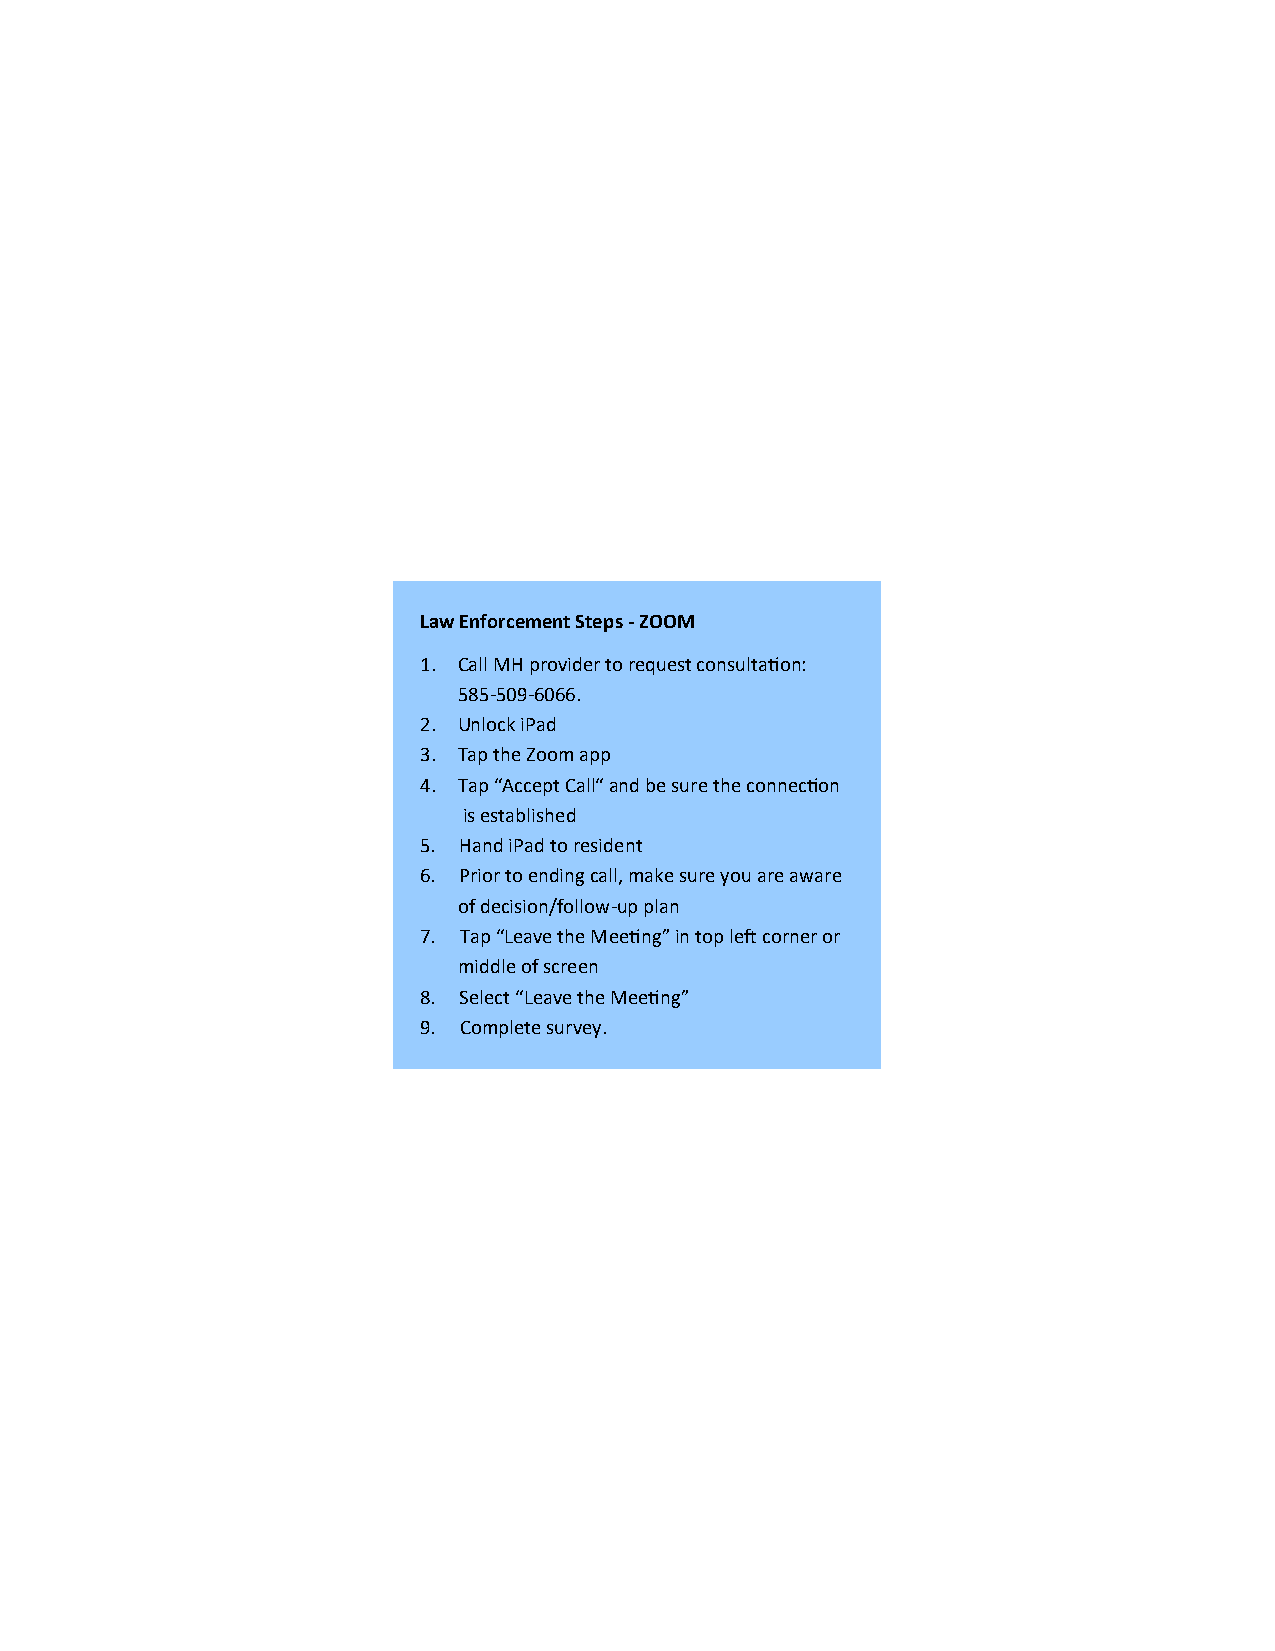
Law Enforcement Steps - ZOOM
 1. Call MH provider to request consultation:
 585-509-6066.
 2. Unlock iPad
 3. Tap the Zoom app
 4. Tap “Accept Call“ and be sure the connection
 is established
 5. Hand iPad to resident
 6. Prior to ending call, make sure you are aware
 of decision/follow-up plan
 7. Tap “Leave the Meeting” in top left corner or
 middle of screen
 8. Select “Leave the Meeting”
 9. Complete survey.